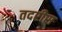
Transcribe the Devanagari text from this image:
तदरीस